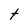
Character: t